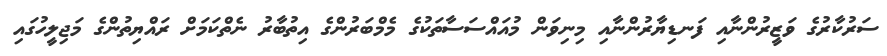
ސަރުކާރުގެ ވަޒީރުންނާއި ފަނޑިޔާރުންނާއި މިނިވަން މުއައްސަސާތަކުގެ މެމްބަރުންގެ އިތުބާރު ނެތްކަމަށް ރައްޔިތުންގެ މަޖިލީހުގައި